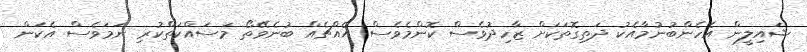
ޝައިލީން އެހެންބުނުމާއެކު ދަތިގޮތަކަށް ޒާހިދުވެސް ކޮންމެވެސް އެއްޗެއް ބުނެވޭތޯ މަސައްކަތްކުރި ނަމަވެސް އެކަން